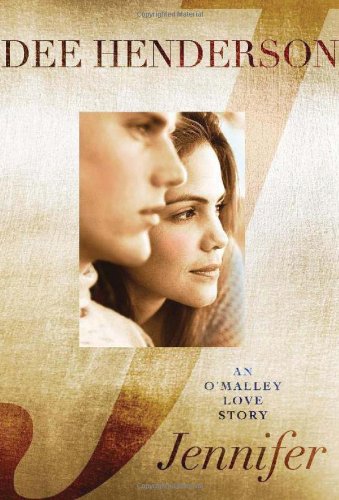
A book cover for Jennifer: An O'Malley Love Story; Dee Henderson; Romance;